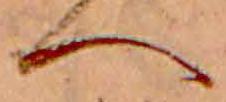
へ